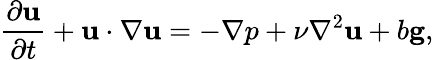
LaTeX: \frac{\partial\mathbf{u}}{\partial t}+\mathbf{u}\cdot\nabla\mathbf{u}=-\nabla p+\nu\nabla^{2}\mathbf{u}+b\mathbf{g},